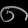
Digit: ၈